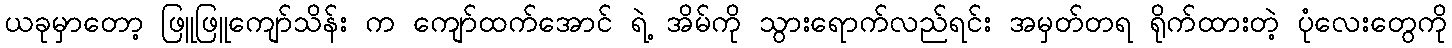
ယခုမှာတော့ ဖြူဖြူကျော်သိန်း က ကျော်ထက်အောင် ရဲ့ အိမ်ကို သွားရောက်လည်ရင်း အမှတ်တရ ရိုက်ထားတဲ့ ပုံလေးတွေကို